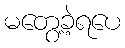
မတွေ့ခဲ့ရပေ